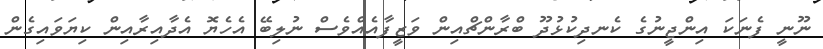
ނޫނީ ފެނަކަ އިންޖީނުގެ ކެނދިކުޅުދޫ ބްރާންޗްއިން ވަޒީފާއެއްވެސް ނުލިބޭ އެހެޔޮ އެދާއިރާއިން ކިޔަވައިގެން